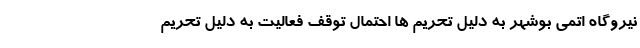
نیروگاه اتمی بوشهر به دلیل تحریم ها احتمال توقف فعالیت به دلیل تحریم